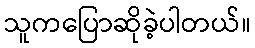
သူကပြောဆိုခဲ့ပါတယ်။